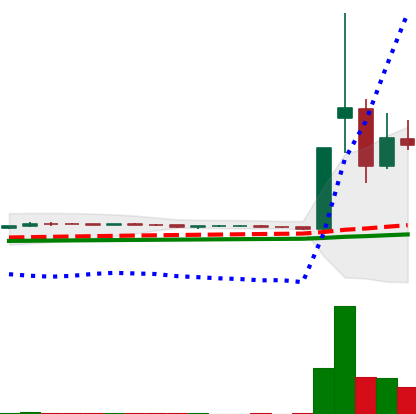
Ticker: DOGE-USD
Chart end date: 2021-02-01
Forward return: 65.147%
Label: up_7plus